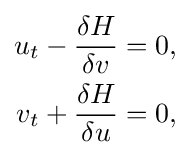
{\begin{aligned}u_{t}&-{\frac {\delta {H}}{\delta v}}=0,\\v_{t}&+{\frac {\delta {H}}{\delta u}}=0,\end{aligned}}